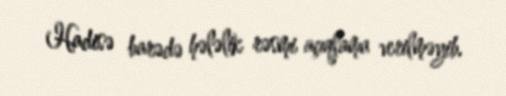
Hadisə barədə hələlik rəsmi açıqlama verilməyib.